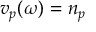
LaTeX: v _ { p } ( \omega ) = n _ { p }